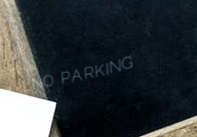
NO PARKING